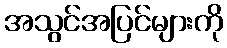
အသွင်အပြင်များကို